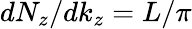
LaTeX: dN_{z}/dk_{z}=L/\pi